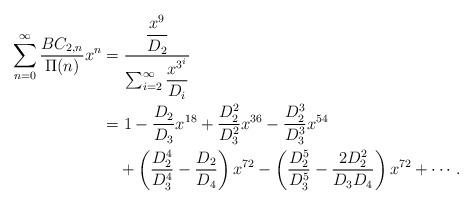
LaTeX: \begin{align*} \sum_{n=0}^\infty\frac{BC_{2,n}}{\Pi(n)}x^n&=\dfrac{\dfrac{x^9}{D_2}}{\sum_{i=2}^\infty\dfrac{x^{3^i}}{D_i}}\\&=1-\frac{D_2}{D_3}x^{18}+\frac{D_2^2}{D_3^2}x^{36}-\frac{D_2^3}{D_3^3}x^{54}\\&\quad+\left(\frac{D_2^4}{D_3^4}-\frac{D_2}{D_4}\right)x^{72}-\left(\frac{D_2^5}{D_3^5}-\frac{2 D_2^2}{D_3 D_4}\right)x^{72}+\cdots\,. \end{align*}